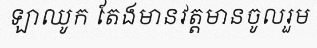
ឡាឈូក តែងមានវត្តមានចូលរួម